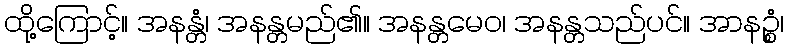
ထို့ကြောင့်။ အနန္တံ၊ အနန္တမည်၏။ အနန္တမေဝ၊ အနန္တသည်ပင်။ အာနဉ္စံ၊